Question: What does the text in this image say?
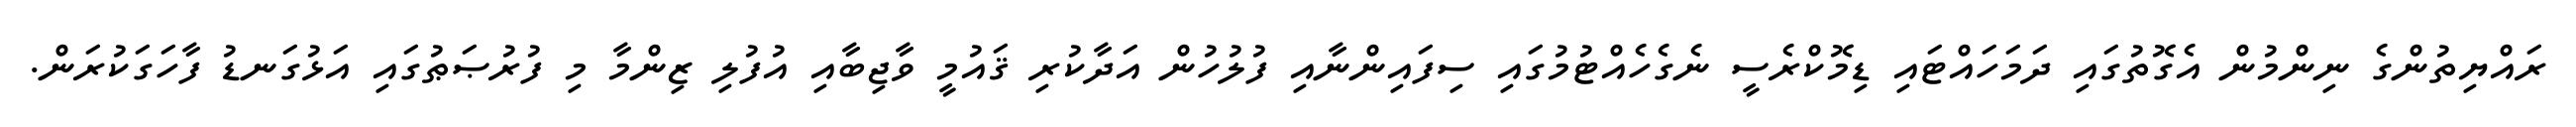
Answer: ރައްޔިތުންގެ ނިންމުން އެގޮތުގައި ދަމަހައްޓައި ޑިމޮކްރެސީ ނެގެހެއްޓުމުގައި ސިފައިންނާއި ފުލުހުން އަދާކުރި ޤައުމީ ވާޖިބާއި އުފުލި ޒިންމާ މި ފުރުޞަޠުގައި އަޅުގަނޑު ފާހަގަކުރަން.